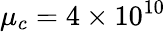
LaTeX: \mu_{c}=4\times 10^{10}